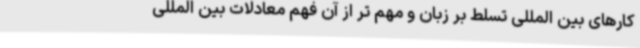
کارهای بین المللی تسلط بر زبان و مهم تر از آن فهم معادلات بین المللی